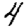
Digit: 4